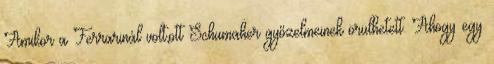
Amikor a Ferrarinál volt,ott Schumaher győzelmeinek örülhetett. Ahogy egy